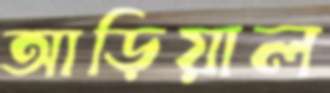
আড়িয়াল